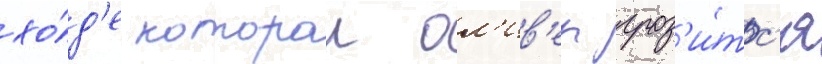
хо́д'е которои ол'ив'ер гроз'и́тс'я